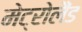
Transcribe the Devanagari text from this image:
मेट्रोलैंड